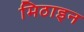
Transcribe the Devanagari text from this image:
मिठाइन